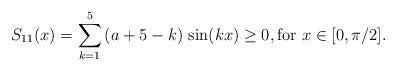
LaTeX: \begin{align*} S_{11}(x) = \sum_{k=1}^{5} \, (a+5-k)\,\sin(kx) \geq 0 , \mbox{for } x \in [0,\pi /2] . \end{align*}